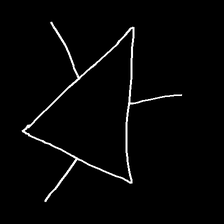
Glyph: fire